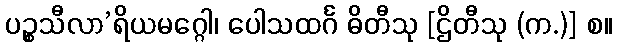
ပဉ္စသီလာ’ရိယမဂ္ဂေါ၊ ပေါသထင်္ဂ ဓိတီသု [ဌိတီသု (က.)] စ။